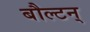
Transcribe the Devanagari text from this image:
बौल्‍टन्‌